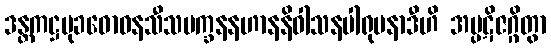
ဒန္တကဋ္ဌမုခဓောဝနသီသမက္ခနနဟာနနိဝါသနပါရုပနာဒီဟိ အပ္ပဋိဇဂ္ဂိတွာ